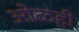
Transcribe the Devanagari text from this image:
ओळही